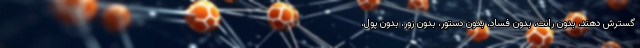
گسترش دهند، بدون رانت، بدون فساد، بدون دستور، بدون زور، بدون پول،